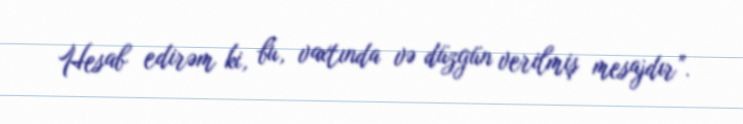
Hesab edirəm ki, bu, vaxtında və düzgün verilmiş mesajdır”.